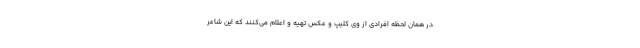
در همان لحظه افرادی از وی کلیپ و عکس تهیه و اعلام می‌کنند که این شاعر